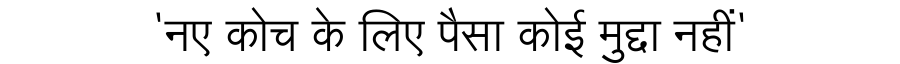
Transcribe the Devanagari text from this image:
'नए कोच के लिए पैसा कोई मुद्दा नहीं'